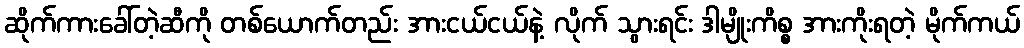
ဆိုက်ကားခေါ်တဲ့ဆီကို တစ်ယောက်တည်း အားငယ်ငယ်နဲ့ လိုက် သွားရင်း ဒါမျိုးကိစ္စ အားကိုးရတဲ့ မိုက်ကယ်